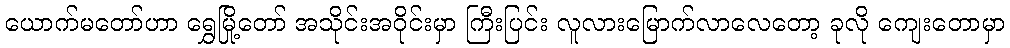
ယောက်မတော်ဟာ ရွှေမြို့တော် အသိုင်းအဝိုင်းမှာ ကြီးပြင်း လူလားမြောက်လာလေတော့ ခုလို ကျေးတောမှာ